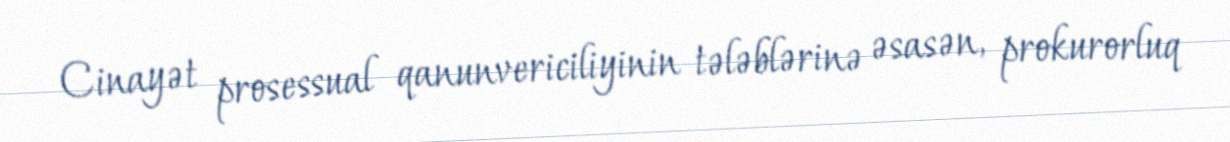
Cinayət prosessual qanunvericiliyinin tələblərinə əsasən, prokurorluq